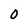
Character: o